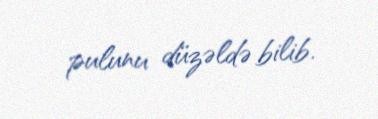
pulunu düzəldə bilib.